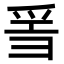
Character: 𤔌